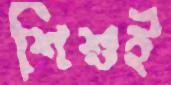
শিশুই